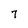
Character: 7